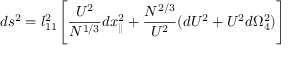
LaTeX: d s ^ { 2 } = l _ { 1 1 } ^ { 2 } \Biggl [ { \frac { U ^ { 2 } } { N ^ { 1 / 3 } } } d x _ { \parallel } ^ { 2 } + \frac { { N } ^ { 2 / 3 } } { U ^ { 2 } } ( d U ^ { 2 } + U ^ { 2 } d \Omega _ { 4 } ^ { 2 } ) \Biggr ]